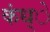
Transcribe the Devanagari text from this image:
कंध्े